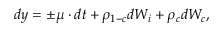
d y = \pm \mu \cdot d t + \rho _ { 1 - c } d W _ { i } + \rho _ { c } d W _ { c } ,